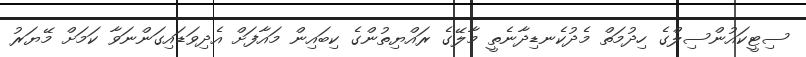
ސިޓީކައުންސިލްގެ ހިދުމަތް މެދުކެނޑިދާނެތީ މާލޭގެ ރައްޔިތުންގެ ކިބައިން މައާފަށް އެދިވަޑައިގަންނަވާ ކަމަށް މޭޔަރު